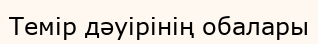
Темір дәуірінің обалары